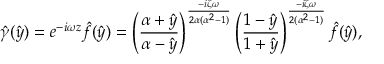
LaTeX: \hat { \gamma } ( \hat { y } ) = e ^ { - i \omega z } \hat { f } ( \hat { y } ) = \left( \frac { \alpha + \hat { y } } { \alpha - \hat { y } } \right) ^ { \frac { - i \zeta \omega } { 2 \alpha ( \alpha ^ { 2 } - 1 ) } } \left( \frac { 1 - \hat { y } } { 1 + \hat { y } } \right) ^ { \frac { - i \zeta \omega } { 2 ( \alpha ^ { 2 } - 1 ) } } \hat { f } ( \hat { y } ) ,